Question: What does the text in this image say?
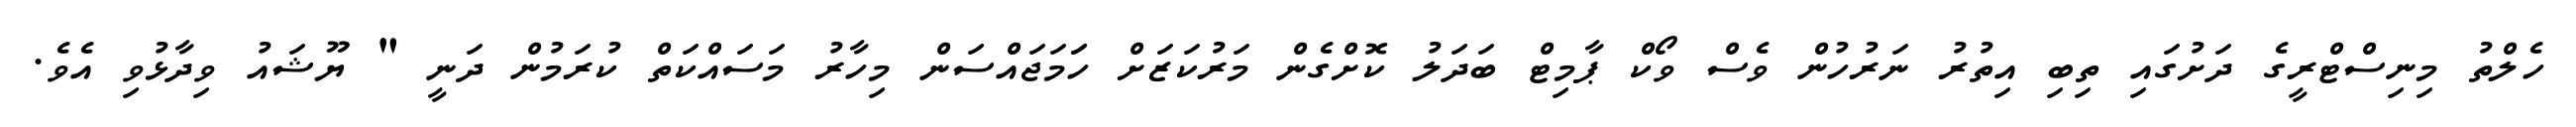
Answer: ހެލްތު މިނިސްޓްރީގެ ދަށުގައި ތިބި އިތުރު ނަރުހުން ވެސް ވޯކް ޕާމިޓް ބަދަލު ކޮށްގެން މަރުކަޒަށް ހަަމަޖައްސަން މިހާރު މަސައްކަތް ކުރަމުން ދަނީ " ޔޫޝައު ވިދާޅުވި އެވެ.